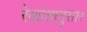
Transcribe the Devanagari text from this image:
रेखांशानुसार